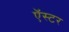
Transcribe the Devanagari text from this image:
ऍस्टर